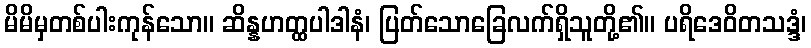
မိမိမှတစ်ပါးကုန်သော။ ဆိန္နဟတ္ထပါဒါနံ၊ ပြတ်သောခြေလက်ရှိသူတို့၏။ ပရိဒေဝိတသဒ္ဒံ၊